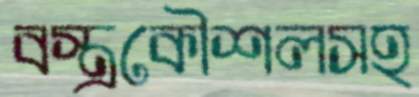
বস্ত্রকৌশলসহ